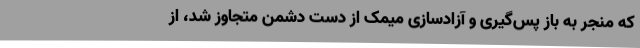
که منجر به باز پس‌گیری و آزادسازی میمک از دست دشمن متجاوز شد، از